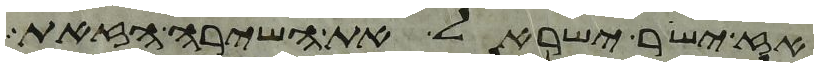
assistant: אז ישיר ישראל את השירה הזאת